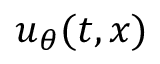
\boldsymbol { u } _ { \boldsymbol { \theta } } ( t , \boldsymbol { x } )